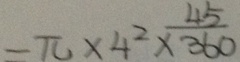
= \pi \times 4 ^ { 2 } \times \frac { 4 5 } { 3 6 0 }